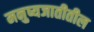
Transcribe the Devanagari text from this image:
मनुष्यजातीतील